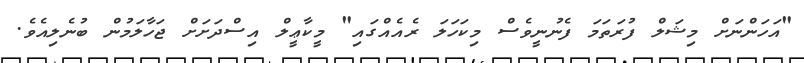
"އަހަންނަށް މިޝަލް ފުރަތަމަ ފެނުނީވެސް މިކަހަލަ ރެއެއްގައި" މީކާޢީލް އިސްދަށަށް ޖަހާލަމުން ބުނެލިއެވެ.